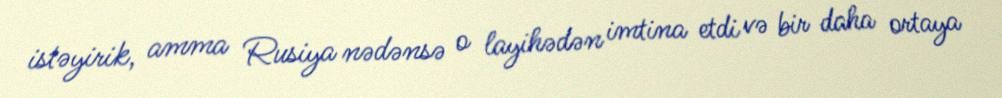
istəyirik, amma Rusiya nədənsə o layihədən imtina etdi və bir daha ortaya